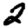
Digit: 2